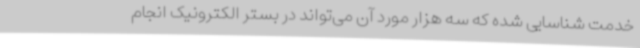
خدمت شناسایی شده که سه هزار مورد آن می‌تواند در بستر الکترونیک انجام